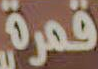
قمرة